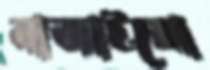
বাজাইয়ো